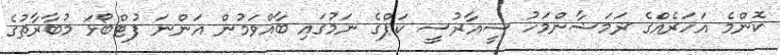
ކޮންމެ އަހަރެއްގެ ރަމަޟާންމަހު ސީއާރުސީ ކަޕްގެ ނަމުގައި ބާއްވަމުން އަންނަ ފުޓްބޯޅަ މުބާރާތުގެ